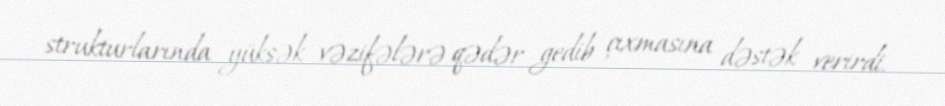
strukturlarında yüksək vəzifələrə qədər gedib çıxmasına dəstək verirdi.